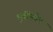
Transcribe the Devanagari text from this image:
मूर्तीमधेच